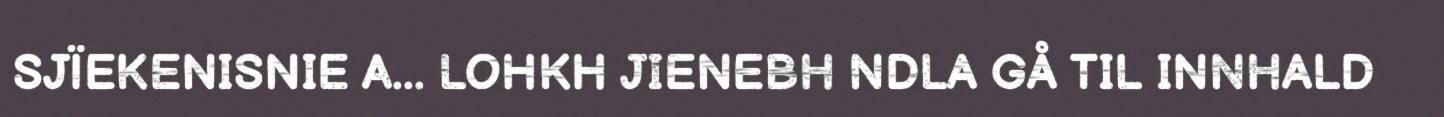
SJÏEKENISNIE A... LOHKH JIENEBH NDLA GÅ TIL INNHALD